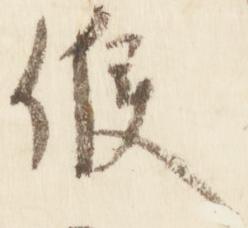
候